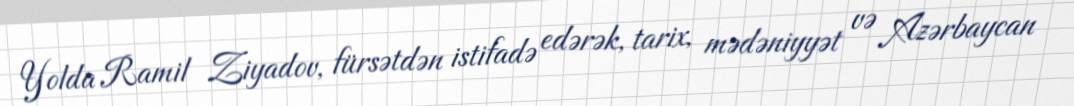
Yolda Ramil Ziyadov, fürsətdən istifadə edərək, tarix, mədəniyyət və Azərbaycan